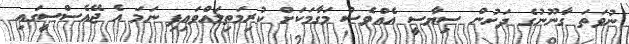
ނުވަތަ ގާނޫނުގެ ދަށުން ސިޔާސީ އެއްވެސް މަގާމަކަށް ކުރިމަތިލައްވައިފި ނަމަ އެ ޖޭއެސްސީގައި